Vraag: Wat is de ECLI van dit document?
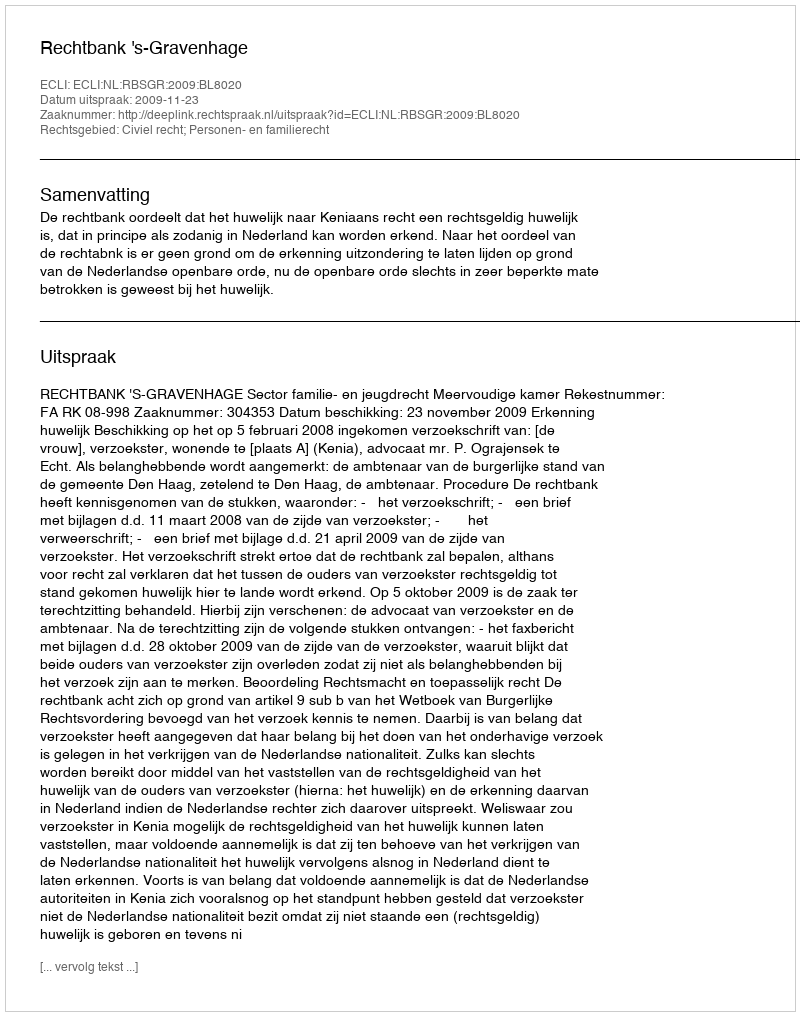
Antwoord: ECLI:NL:RBSGR:2009:BL8020